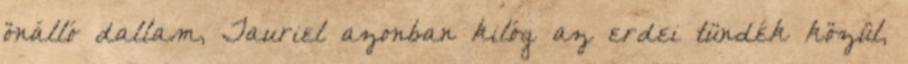
önálló dallam, Tauriel azonban kilóg az erdei tündék közül,